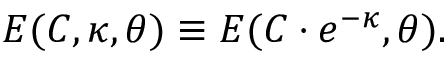
E ( C , { \boldsymbol { \kappa } } , { \boldsymbol { \theta } } ) \equiv E ( C \cdot e ^ { - \kappa } , { \boldsymbol { \theta } } ) .